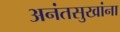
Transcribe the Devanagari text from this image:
अनंतसुखांना